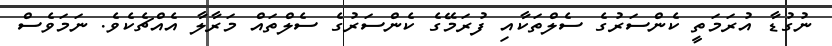
ނުގުޑާ އުރަމަތީ ކެންސަރުގެ ސެލްތަކާއި ފުރަމޭގެ ކެންސަރުގެ ސެލްތައް މަރާލާ އެއްޗެކެވެ. ނަމަވެސް